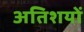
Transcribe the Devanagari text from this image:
अतिशयों